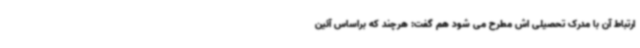
ارتباط آن با مدرک تحصیلی اش مطرح می شود هم گفت: هرچند که براساس آئین